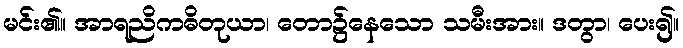
မင်း၏။ အာရညိကဓိတုယာ၊ တော၌နေသော သမီးအား။ ဒတွာ၊ ပေး၍။